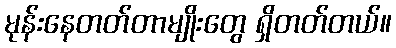
မုန်းနေတတ်တာမျိုးတွေ ရှိတတ်တယ်။